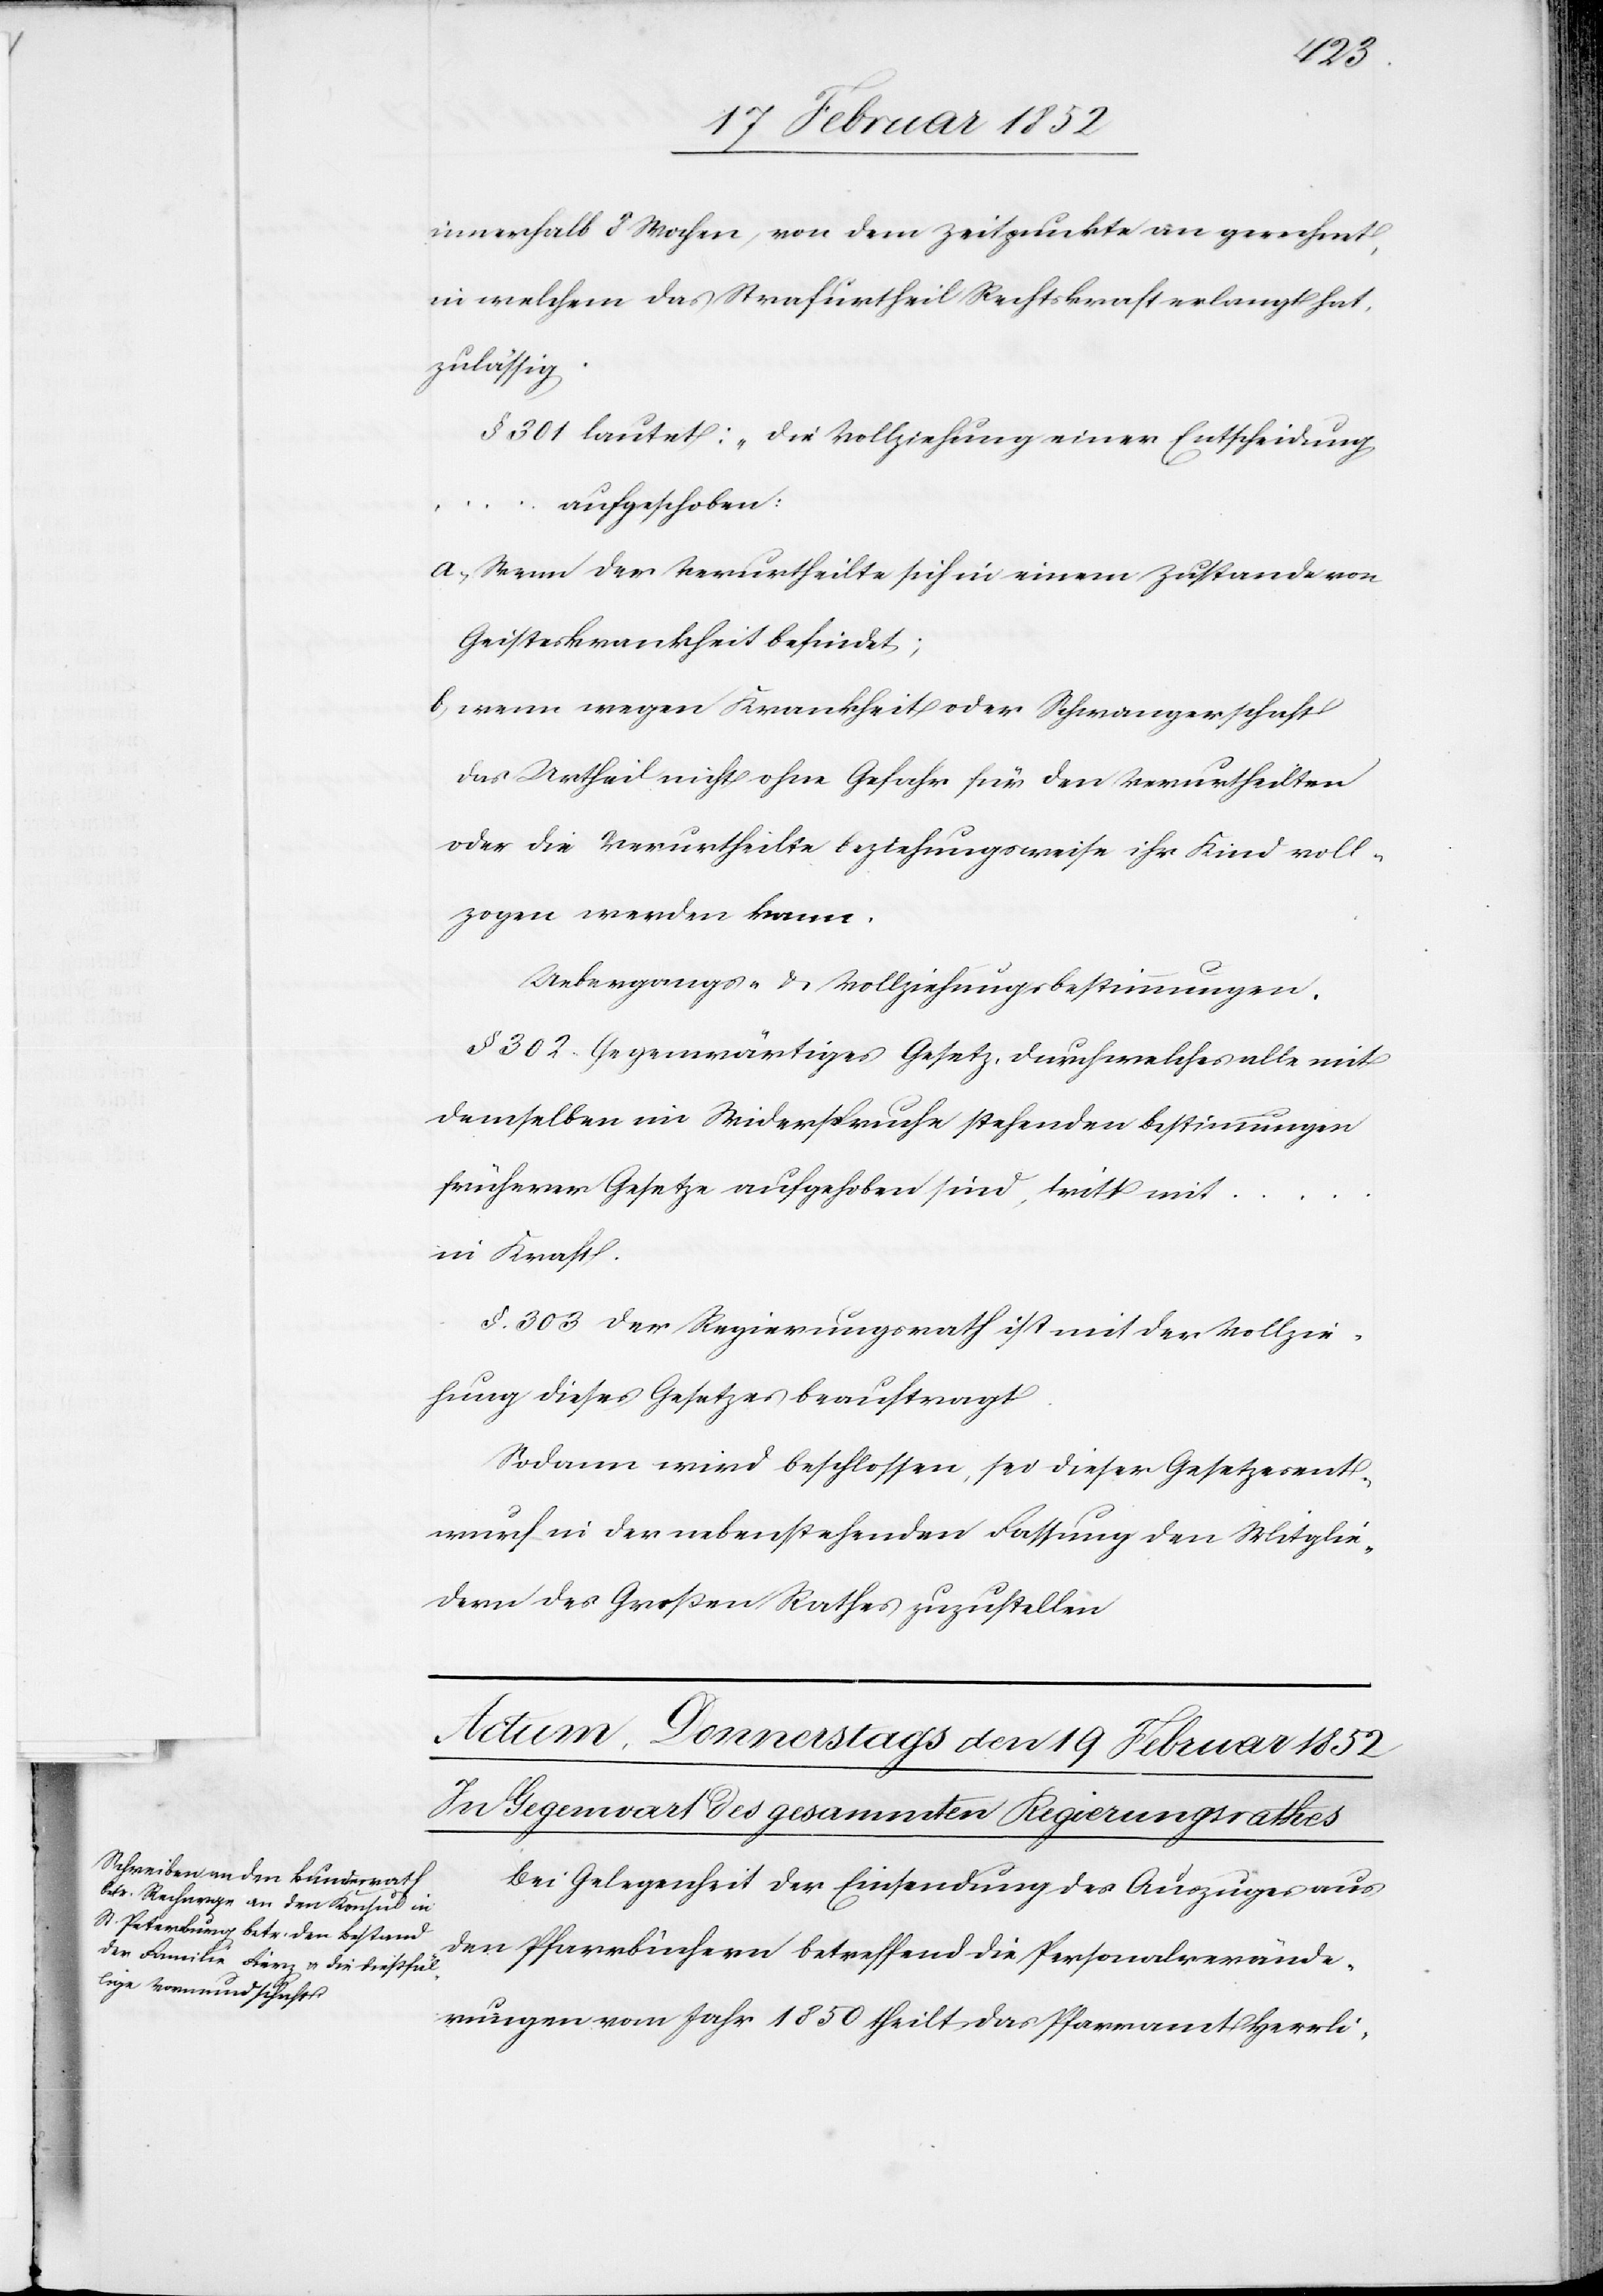
innerhalb 8 Wochen, von dem Zeitpunkte an gerechnet,
in welchem das Strafurtheil Rechtskraft erlangt hat,
zulässig.
§ 301 lautet: „Die Vollziehung einer Entscheidung
...
aufgeschoben:
a.) Wenn der Verurtheilte sich in einem Zustande von
Geisteskrankheit befindet;
b) wenn wegen Krankheit oder Schwangerschaft
das Urtheil nicht ohne Gefahr für den Verurtheilten
oder die Verurtheilte beziehungsweise ihr Kind voll¬
zogen werden kann.
Uebergangs- u. Vollziehungsbestimmungen.
§ 302 Gegenwärtiges Gesetz, durch welches alle mit
demselben im Widerspruche stehenden Bestimmungen
früherer Gesetzte aufgehoben sind, tritt mit
in Kraft.
§. 303 Der Regierungsrath ist mit der Vollzie¬
hung dieses Gesetzes beauftragt.
Sodann wird beschlossen, sei dieser Gesetzesent¬
wurf in der nebenstehenden Fassung den Mitglie¬
dern des Großen Rathes zuzustellen.
Bei Gelegenheit der Einsendung des Auszuges aus
den Pfarrbüchern betreffend die Personalverände¬
rungen vom Jahr 1850 theilt das Pfarramt Herrli-